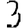
Digit: 3